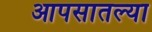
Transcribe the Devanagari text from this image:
आपसातल्या